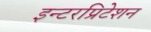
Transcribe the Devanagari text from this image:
इन्टरप्रिटेशन